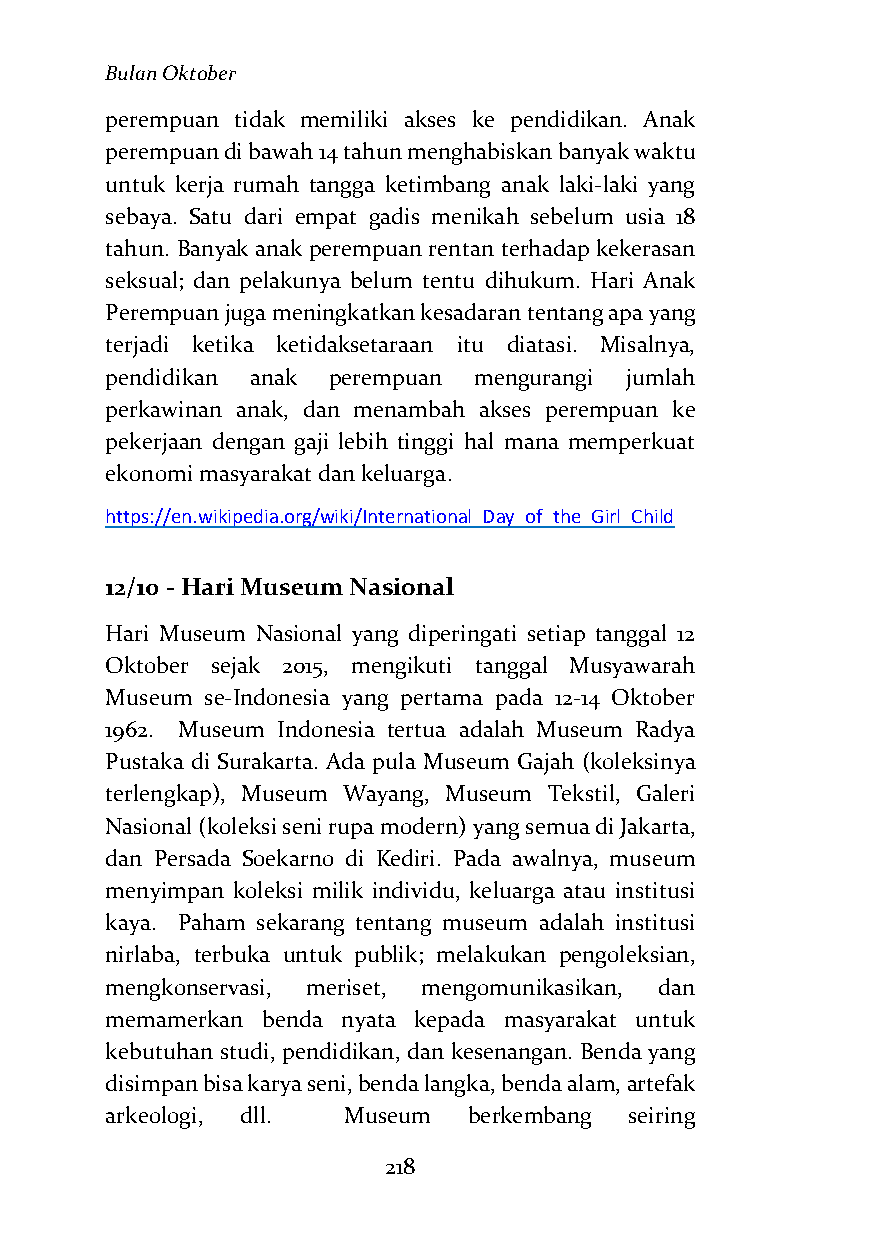
Bulan Oktober
 perempuan tidak memiliki akses ke pendidikan. Anak
 perempuan di bawah 14 tahun menghabiskan banyak waktu
 untuk kerja rumah tangga ketimbang anak laki-laki yang
 sebaya. Satu dari empat gadis menikah sebelum usia 18
 tahun. Banyak anak perempuan rentan terhadap kekerasan
 seksual; dan pelakunya belum tentu dihukum. Hari Anak
 Perempuan juga meningkatkan kesadaran tentang apa yang
 terjadi ketika ketidaksetaraan itu diatasi. Misalnya,
 pendidikan anak perempuan mengurangi jumlah
 perkawinan anak, dan menambah akses perempuan ke
 pekerjaan dengan gaji lebih tinggi hal mana memperkuat
 ekonomi masyarakat dan keluarga.
 https://en.wikipedia.org/wiki/International_Day_of_the_Girl_Child
 12/10 - Hari Museum Nasional
 Hari Museum Nasional yang diperingati setiap tanggal 12
 Oktober sejak 2015, mengikuti tanggal Musyawarah
 Museum se-Indonesia yang pertama pada 12-14 Oktober
 1962. Museum Indonesia tertua adalah Museum Radya
 Pustaka di Surakarta. Ada pula Museum Gajah (koleksinya
 terlengkap), Museum Wayang, Museum Tekstil, Galeri
 Nasional (koleksi seni rupa modern) yang semua di Jakarta,
 dan Persada Soekarno di Kediri. Pada awalnya, museum
 menyimpan koleksi milik individu, keluarga atau institusi
 kaya. Paham sekarang tentang museum adalah institusi
 nirlaba, terbuka untuk publik; melakukan pengoleksian,
 mengkonservasi, meriset, mengomunikasikan, dan
 memamerkan benda nyata kepada masyarakat untuk
 kebutuhan studi, pendidikan, dan kesenangan. Benda yang
 disimpan bisa karya seni, benda langka, benda alam, artefak
 arkeologi, dll. Museum  berkembang seiring
 218